Lunatic asylums United Provinces 1909-1921 - 1909-1921
Year: 1909
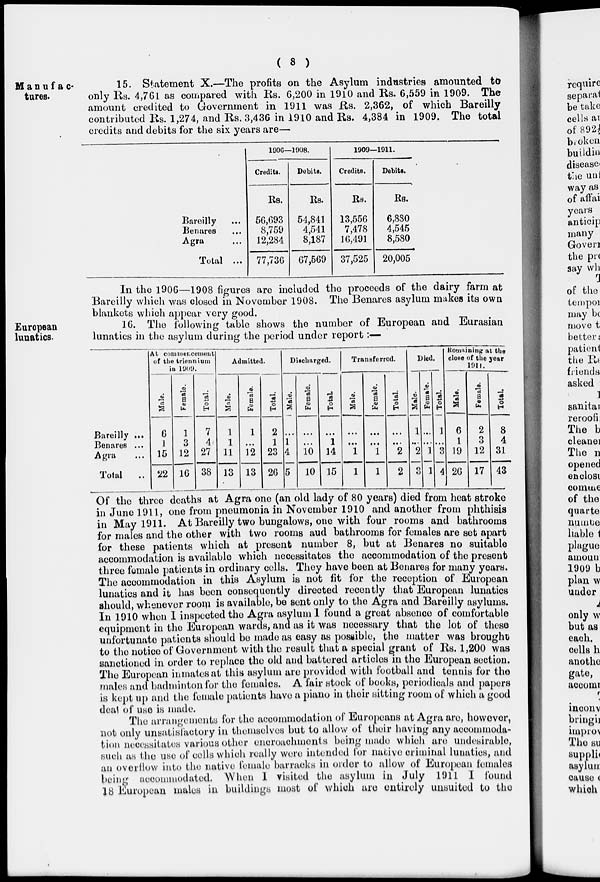
( 8 )
Manufac-
tures.
15. Statement X.—The profits on the Asylum industries amounted to
only Rs. 4,761 as compared with Rs. 6,200 in 1910 and Rs. 6,559 in 1909. The
amount credited to Government in 1911 was Rs. 2,362, of which Bareilly
contributed Rs. 1,274, and Rs. 3,436 in 1910 and Rs. 4,384 in 1909. The total
credits and debits for the six years are—
Bareilly ...
Benares ...
Agra ...
Total ...
1906—1908.
Credits.
Rs.
56,693
8,759
12,284
77,736
Debits.
Rs.
54,841
4,541
8,187
67,569
1909—1911.
Credits.
Rs.
13,556
7,478
16,491
37,525
Debits.
Rs.
6,880
4,545
8,580
20,005
In the 1906—1908 figures are included the proceeds of the dairy farm at
Bareilly which was closed in November 1908. The Benares asylum makes its own
blankets which appear very good.
European
lunatics.
16. The following table shows the number of European and Eurasian
lunatics in the asylum during the period under report:—
Bareilly ...
Benares ...
Agra ...
Total
..
At commencement
of the triennium
in 1909.
Male.
6
1
15
22
Female.
1
3
12
16
Total.
7
4
27
38
Admitted.
Male.
1
1
11
13
Female.
1
...
12
13
Total.
2
1
23
26
Discharged.
Male.
...
1
4
5
Female.
...
...
10
10
Total
...
1
14
15
Transferred.
Male.
...
...
1
1
Female.
...
...
1
1
Total.
...
...
2
2
Died.
Male.
1
...
2
3
Female.
...
...
1
1
Total.
1
...
3
4
Remaining at the
close of the year
1911.
Male.
6
1
19
26
Female.
2
3
12
17
Total.
8
4
31
43
Of the three deaths at Agra one (an old lady of 80 years) died from heat stroke
in June 1911, one from pneumonia in November 1910 and another from phthisis
in May 1911. At Bareilly two bungalows, one with four rooms and bathrooms
for males and the other with two rooms aud bathrooms for females are set apart
for these patients which at present number 8, but at Benares no suitable
accommodation is available which necessitates the accommodation of the present
three female patients in ordinary cells. They have been at Benares for many years.
The accommodation in this Asylum is not fit for the reception of European
lunatics and it has been consequently directed recently that European lunatics
should, whenever room is available, be sent only to the Agra and Bareilly asylums.
In 1910 when I inspected the Agra asylum I found a great absence of comfortable
equipment in the European wards, and as it was necessary that the lot of these
unfortunate patients should be made as easy as possible, the matter was brought
to the notice of Government with the result that a special grant of Rs. 1,200 was
sanctioned in order to replace the old and battered articles in the European section.
The European inmates at this asylum are provided with football and tennis for the
males and badminton for the females. A fair stock of books, periodicals and papers
is kept up and the female patients have a piano in their sitting room of which a good
deal of use is made.
The arrangements for the accommodation of Europeans at Agra are, however,
not only unsatisfactory in themselves but to allow of their having any accommoda-
tion necessitates various other encroachments being made which are undesirable,
such as the use of cells which really were intended for native criminal lunatics, and
an overflow into the native female barracks in order to allow of European females
being accommodated. When 1 visited the asylum in July 1911 I found
18 European males in buildings most of which are entirely unsuited to the